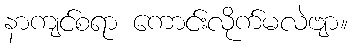
နာကျင်စရာ ကောင်းလိုက်မလဲဗျာ။